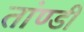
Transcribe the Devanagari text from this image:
तांण्डी